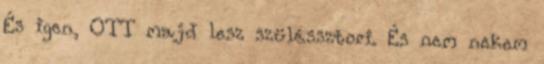
És igen, OTT majd lesz szüléssztori. És nem nekem